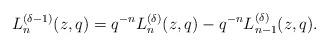
LaTeX: \begin{align*}{L}_{n}^{(\delta-1)}(z,q)=q^{-n}{L}_{n}^{(\delta)}(z,q)-q^{-n}{L}_{n-1}^{(\delta)}(z,q).\end{align*}